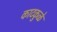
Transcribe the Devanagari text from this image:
काटकुळे